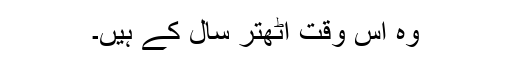
وہ اس وقت اٹھتر سال کے ہیں۔